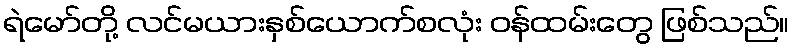
ရဲမော်တို့ လင်မယားနှစ်ယောက်စလုံး ဝန်ထမ်းတွေ ဖြစ်သည်။